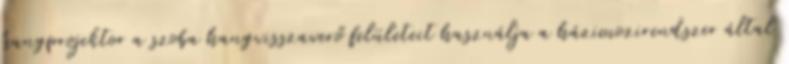
hangprojektor a szoba hangvisszaverő felületeit használja a házimozirendszer által